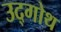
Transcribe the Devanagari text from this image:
उद्गोथ